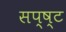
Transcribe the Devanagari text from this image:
सप्ष्ट